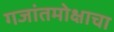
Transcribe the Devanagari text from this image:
गजांतमोक्षाचा